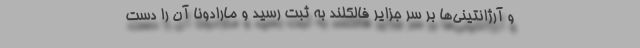
و آرژانتینی‌ها بر سر جزایر فالکلند به ثبت رسید و مارادونا آن را دست